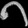
Digit: ၈